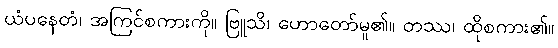
ယံပနေတံ၊ အကြင်စကားကို။ ဗြူသိ၊ ဟောတော်မူ၏။ တဿ၊ ထိုစကား၏။